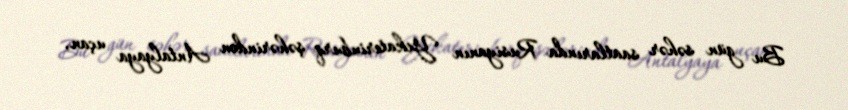
Bu gün səhər saatlarında Rusiyanın Yekaterinburq şəhərindən Antalyaya uçan,